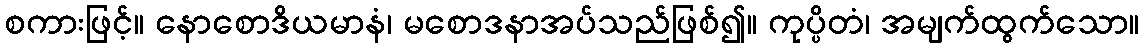
စကားဖြင့်။ နောစောဒိယမာနံ၊ မစောဒနာအပ်သည်ဖြစ်၍။ ကုပ္ပိတံ၊ အမျက်ထွက်သော။